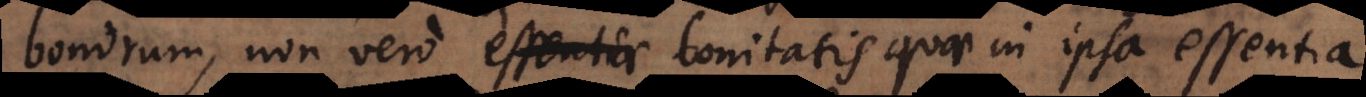
bonorum, non vero essentiae bonitatis quae in ipsa essentia